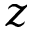
z